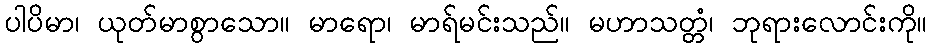
ပါပိမာ၊ ယုတ်မာစွာသော။ မာရော၊ မာရ်မင်းသည်။ မဟာသတ္တံ၊ ဘုရားလောင်းကို။